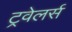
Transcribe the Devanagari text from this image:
ट्रवेलर्स